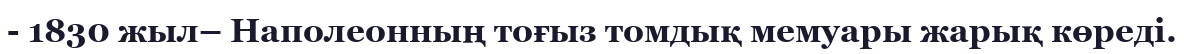
- 1830 жыл– Наполеонның тоғыз томдық мемуары жарық көреді.